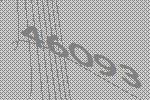
46093